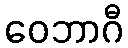
ဝေဘာဂီ